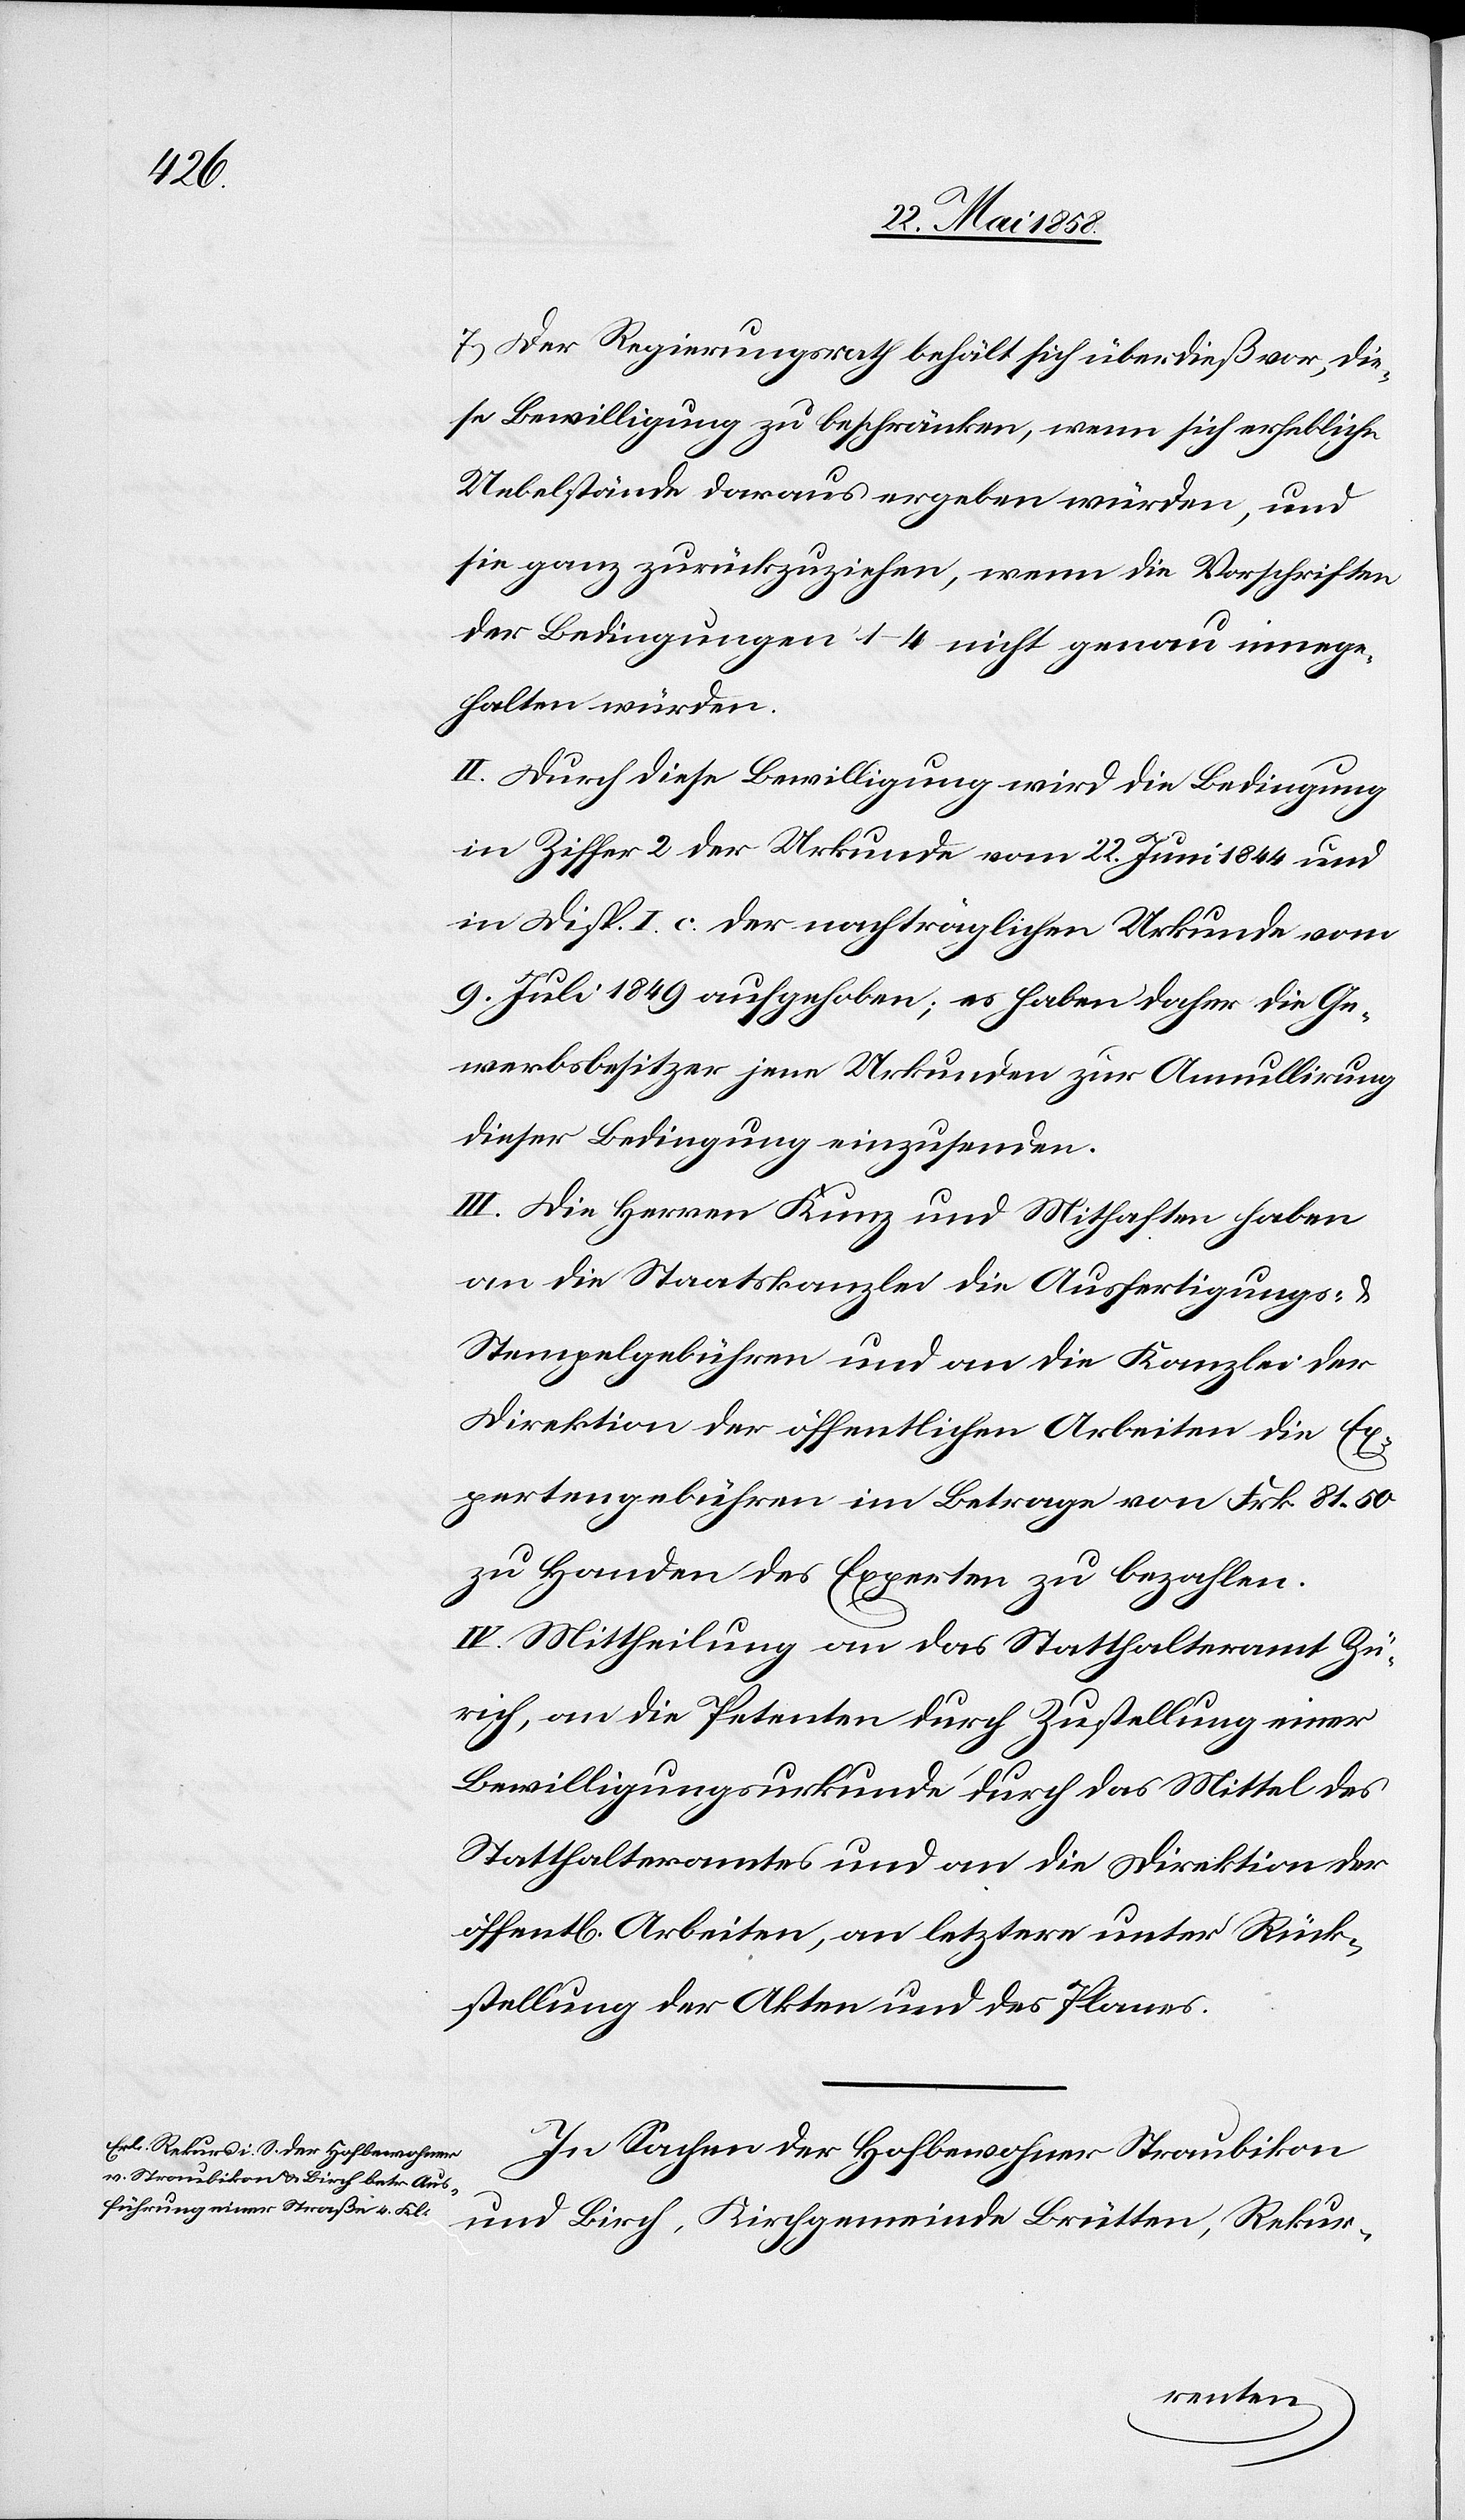
7. Der Regierungsrath behält sich überdieß vor, die¬
se Bewilligung zu beschränken, wenn sich erhebliche
Uebelstände daraus ergeben würden, und
sie ganz zurückzuziehen, wenn die Vorschriften
der Bedingungen 1–4 nicht genau innege¬
halten würden.
II. Durch diese Bewilligung wird die Bedingung
in Ziffer 2 der Urkunde vom 22. Juni 1844 und
in Disp. I c. der nachträglichen Urkunde vom
9. Juli 1849 aufgehoben; es haben daher die Ge¬
werbsbesitzer jene Urkunden zur Annullirung
dieser Bedingung einzusenden.
III. Die Herren Kunz und Mithaften haben
an die Staatskanzlei die Ausfertigungs-
Stempelgebühren und an die Kanzlei der
Direktion der öffentlichen Arbeiten die Ex¬
pertengebühren im Betrage von Frk. 81 50
zu Handen des Experten zu bezahlen.
IV. Mittheilung an das Statthalteramt Zü¬
rich, an die Petenten durch Zustellung einer
Bewilligungsurkunde durch das Mittel des
Statthalteramtes und an die Direktion der
öffent[lichen] Arbeiten, an letztere unter Rück¬
stellung der Akten und des Planes.
In Sachen der Hofbewohner Straubikon
und Birch, Kirchgemeinde Brütten, Rekur-